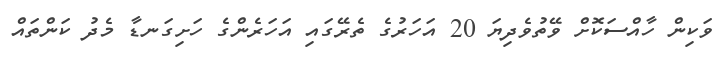
ވަކިން ހާއްސަކޮށް ވޭތުވެދިޔަ 20 އަހަރުގެ ތެރޭގައި އަހަރެންގެ ހަށިގަނޑާ މެދު ކަންތައް